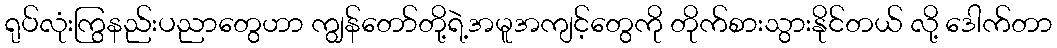
ရုပ်လုံးကြွနည်းပညာတွေဟာ ကျွန်တော်တို့ရဲ့အမူအကျင့်တွေကို တိုက်စားသွားနိုင်တယ် လို့ ဒေါက်တာ